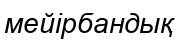
мейірбандық